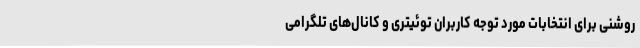
روشنی برای انتخابات مورد توجه کاربران توئیتری و کانال‌های تلگرامی